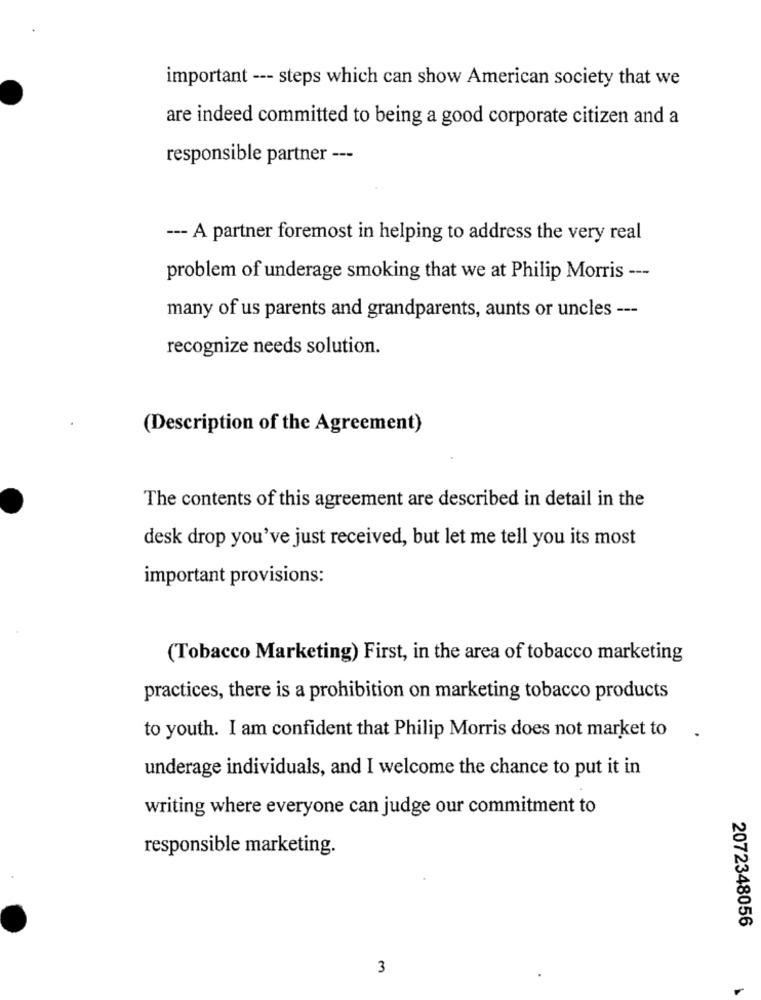
important --- steps which can show American society that we
are indeed committed to being a good corporate citizen and a
responsible partner ---
--- A partner foremost in helping to address the very real
problem of underage smoking that we at Philip Morris ---
many of us parents and grandparents, aunts or uncles ---
recognize needs solution.
(Description of the Agreement)
The contents of this agreement are described in detail in the
desk drop you've just received, but let me tell you its most
important provisions:
(Tobacco Marketing) First, in the area of tobacco marketing
practices, there is a prohibition on marketing tobacco products
to youth. I am confident that Philip Morris does not market to
underage individuals, and I welcome the chance to put it in
writing where everyone can judge our commitment to
responsible marketing.
2072348056
3